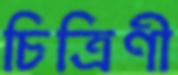
চিত্রিণী